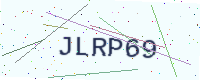
Text: JLRP69